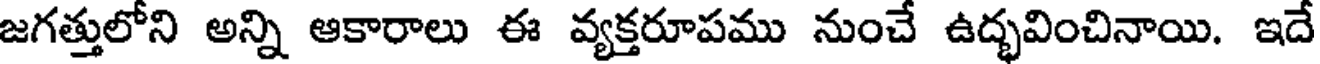
జగత్తులోని అన్ని ఆకారాలు ఈ వ్యక్తరూపము నుంచే ఉద్భవించినాయి. ఇదే